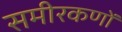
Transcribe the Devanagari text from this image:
समीरकणों